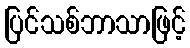
ပြင်သစ်ဘာသာဖြင့်